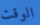
الوقت